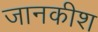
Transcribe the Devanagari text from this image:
जानकीश